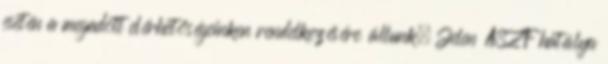
esetén a megadott elérhetőségeinken rendelkezésére állunk. Jelen ÁSZF hatálya